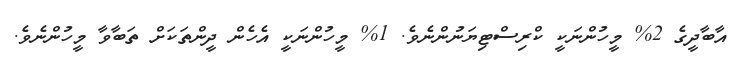
އާބާދީގެ 2% މީހުންނަކީ ކްރިސްޓިޔަނުންނެވެ. 1% މީހުންނަކީ އެހެން ދީންތަކަށް ތަބާވާ މީހުންނެވެ.